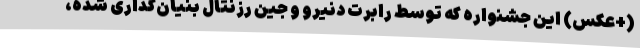
(+عکس) این جشنواره که توسط رابرت دنیرو و جین رزنتال بنیان‌گذاری شده،